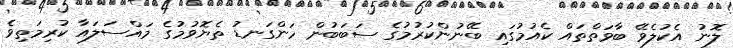
ލޮނު އެކުލެވޭ ބާވަތްތައް ކެއުމުގައި ބޭނުންކުރުމުގެ ސަބަބުން ހަންގަނޑު ތެޔޮވުމުގެ މައްސަލައާ ކުރިމަތިވެ